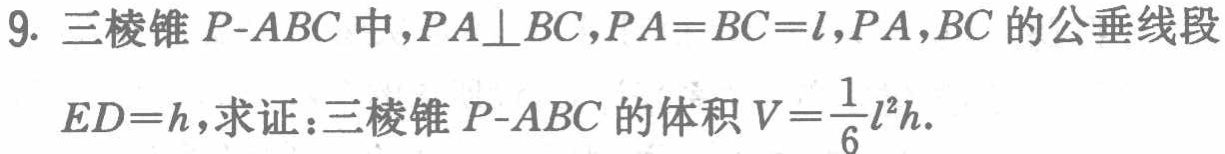
9. 三棱锥\(P - ABC\)中，\(PA\perp BC\)，\(PA = BC = l\)，\(PA\)，\(BC\)的公垂线段\(ED = h\)，求证：三棱锥\(P - ABC\)的体积\(V=\frac{1}{6}l^{2}h\)。